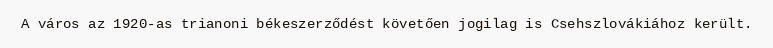
A város az 1920-as trianoni békeszerződést követően jogilag is Csehszlovákiához került.